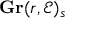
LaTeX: \mathbf { G r } ( r , { \mathcal { E } } ) _ { s }